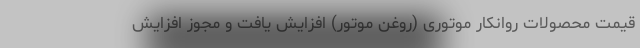
قیمت محصولات روانکار موتوری (روغن موتور) افزایش یافت و مجوز افزایش